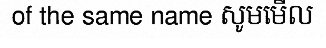
of the same name សូមមើល